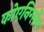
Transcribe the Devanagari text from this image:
कोएनिग्सेग